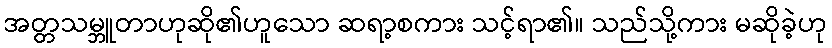
အတ္တသမ္ဘူတာဟုဆို၏ဟူသော ဆရာ့စကား သင့်ရာ၏။ သည်သို့ကား မဆိုခဲ့ဟု